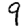
Digit: 9